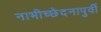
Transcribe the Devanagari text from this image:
नाभीच्छेदनापुर्वी